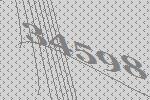
34598